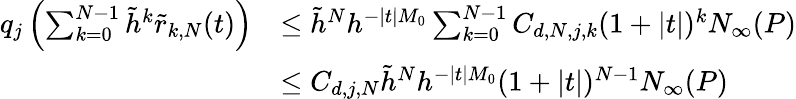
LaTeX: \begin{array}{rl}{q_{j}\left(\sum_{k=0}^{N-1}\tilde{h}^{k}\tilde{r}_{k,N}(t)\right)}&{\leq\tilde{h}^{N}h^{-|t|M_{0}}\sum_{k=0}^{N-1}C_{d,N,j,k}(1+|t|)^{k}N_{\infty}(P)}\\ &{\leq C_{d,j,N}\tilde{h}^{N}h^{-|t|M_{0}}(1+|t|)^{N-1}N_{\infty}(P)}\end{array}